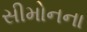
સીમોનના